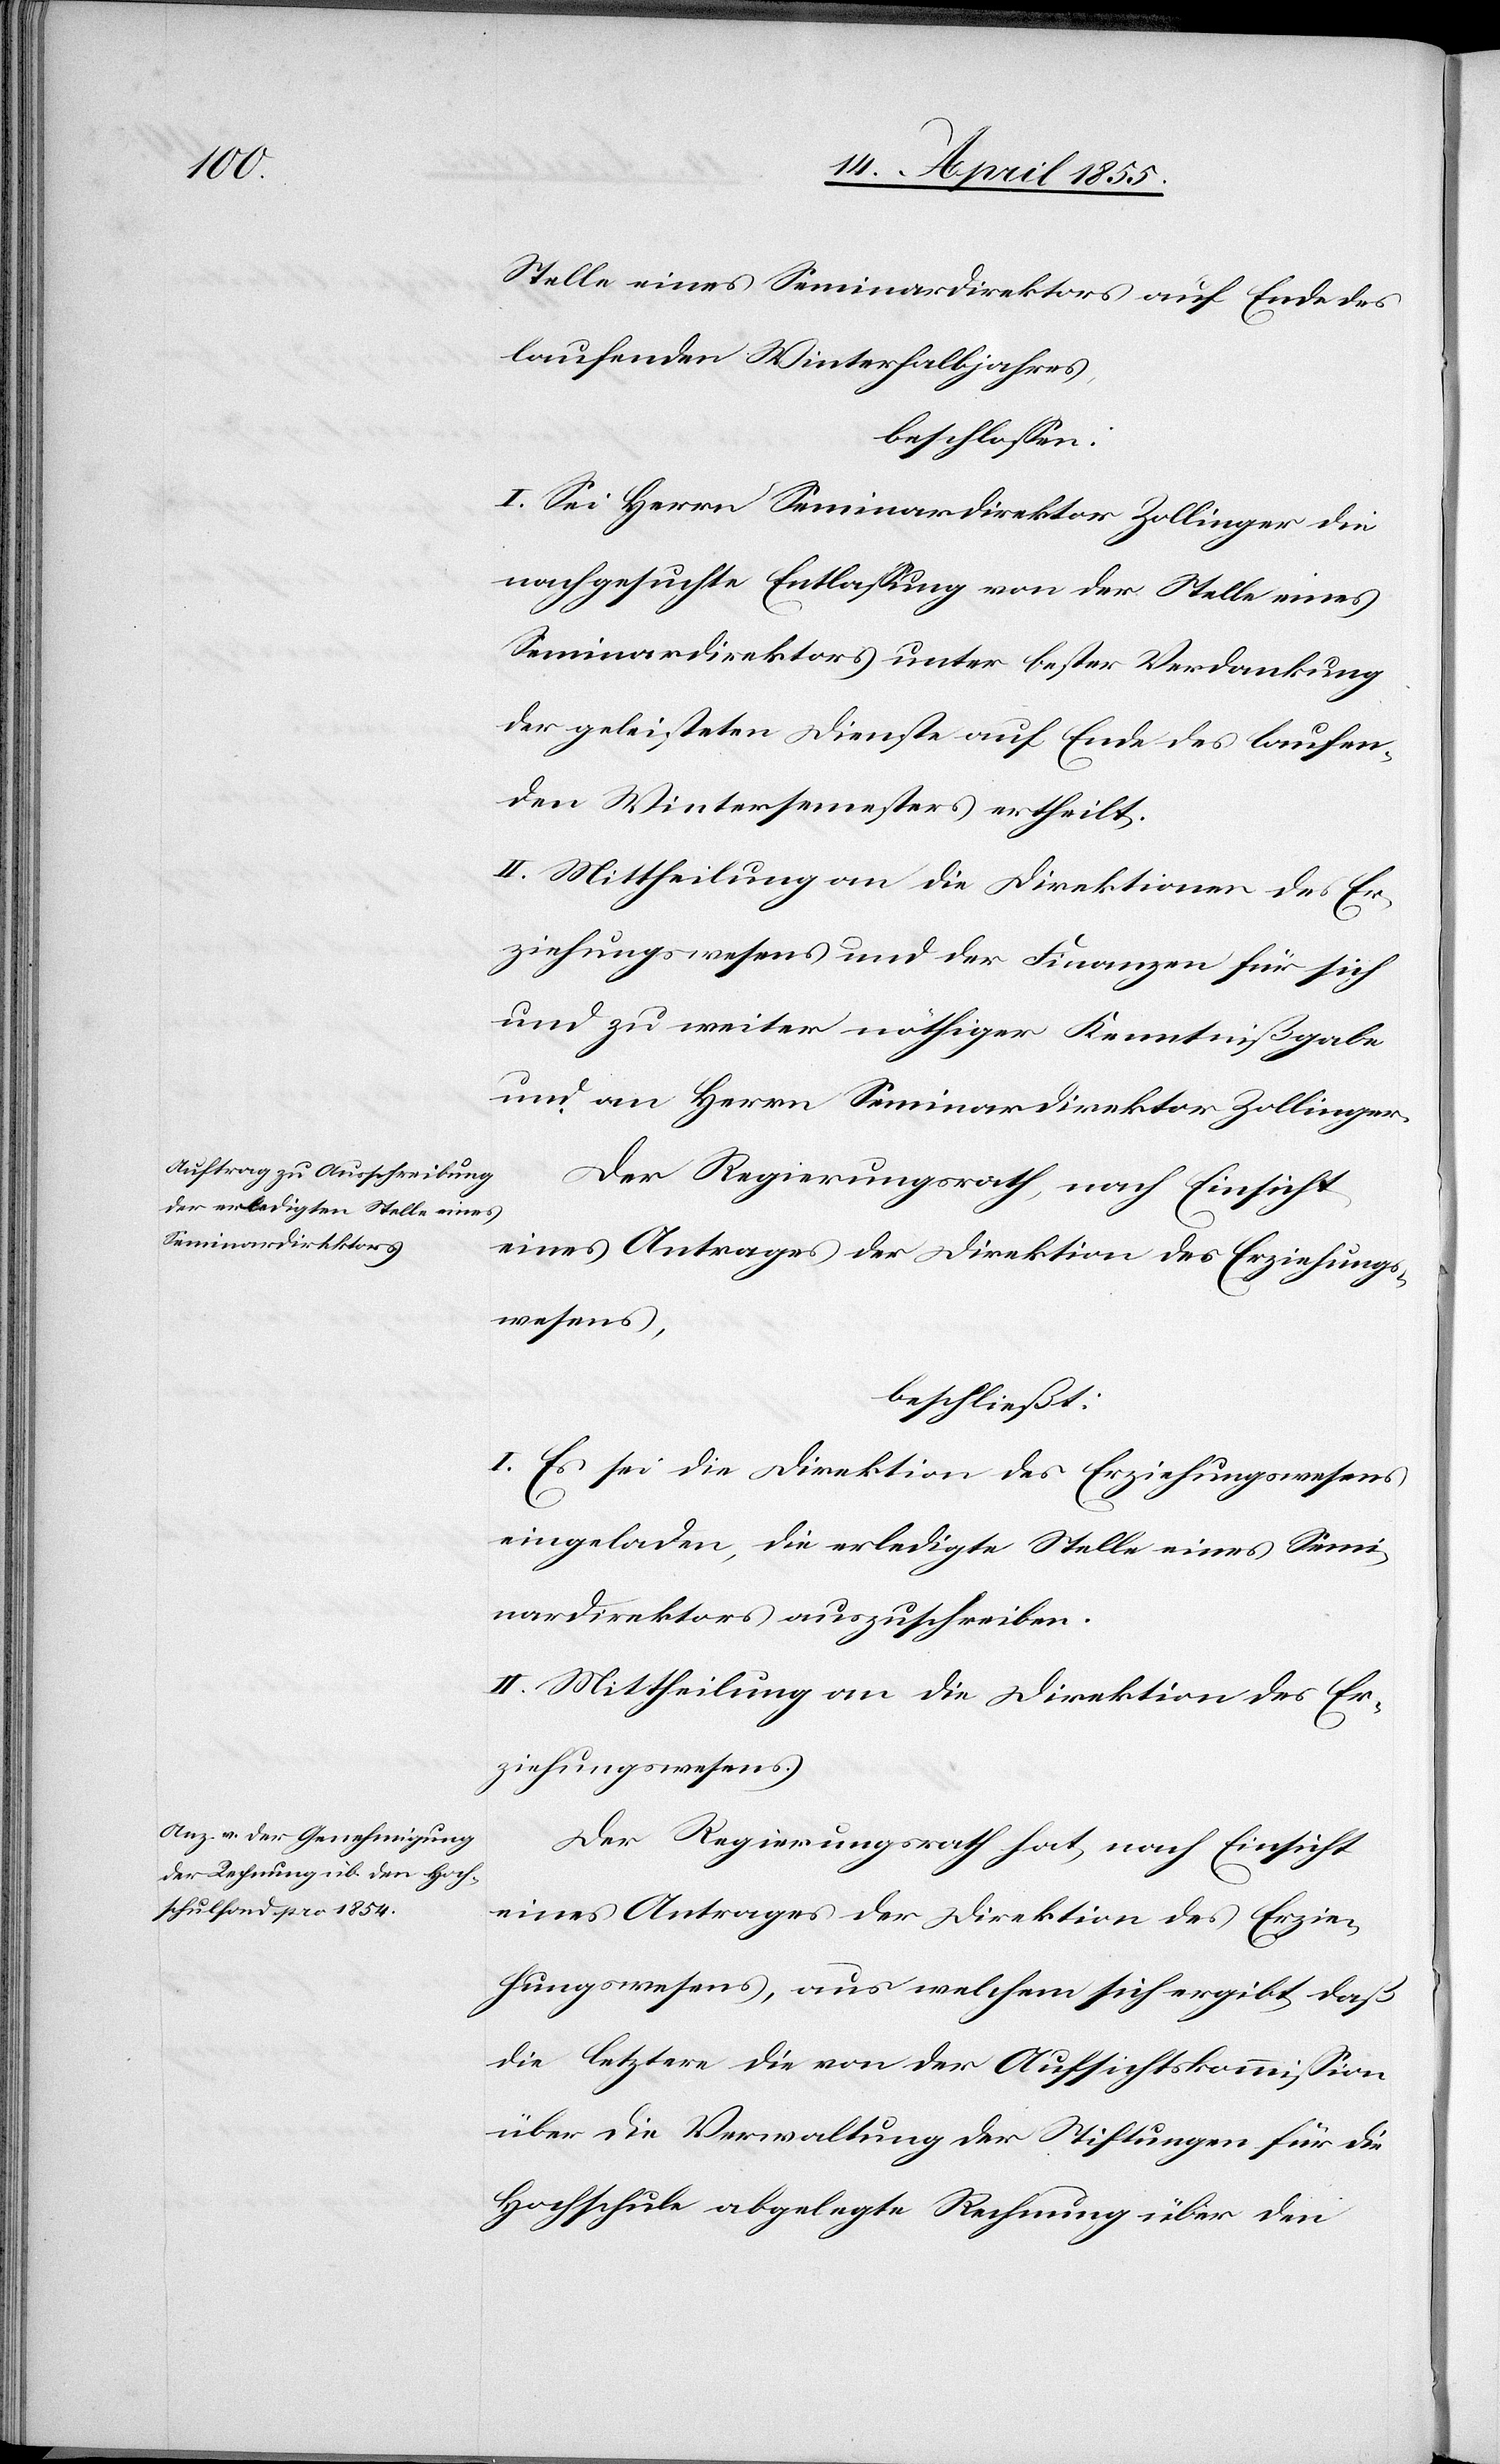
Stelle eines Seminardirektors auf Ende des
laufenden Winterhalbjahres,
beschlossen:
I. Sei Herrn Seminardirektor Zollinger die
nachgesuchte Entlassung von der Stelle eines
Seminardirektors unter bester Verdankung
der geleisteten Dienste auf Ende des laufen¬
den Wintersemesters ertheilt.
II. Mittheilung an die Direktionen des Er¬
ziehungswesens und der Finanzen für sich
und zu weiter nöthiger Kenntnißgabe
und an Herrn Seminardirektor Zollinger.
Der Regierungsrath, nach Einsicht
eines Antrages der Direktion des Erziehungs¬
wesens,
beschließt:
I. Es sei die Direktion des Erziehungswesens
eingeladen, die erledigte Stelle eines Semi¬
nardirektors auszuschreiben.
II. Mittheilung an die Direktion des Er¬
ziehungswesens.
Der Regierungsrath hat, nach Einsicht
eines Antrages der Direktion des Erzie¬
hungswesens, aus welchem sich ergibt, daß
die letztere die von der Aufsichtskommission
über die Verwaltung der Stiftungen für die
Hochschule abgelegte Rechnung über den